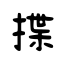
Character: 揲